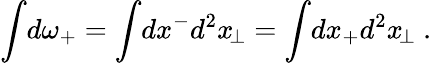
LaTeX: \int\! d\omega_{+}=\int\! dx^{-}d^{2}x_{\! \perp}=\int\! dx_{+}d^{2}x_{\! \perp}\ .